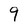
Character: 9